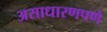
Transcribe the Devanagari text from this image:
असाधारणपणे